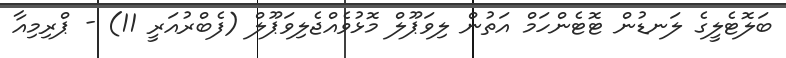
ބަލޮޓެލީގެ ލަނޑުން ޓޮޓެންހަމް އަތުން ލިވަޕޫލް މޮޅުވެއްޖެލިވަޕޫލް (ފެބްރުއަރީ 11) - ޕްރިމިއާ